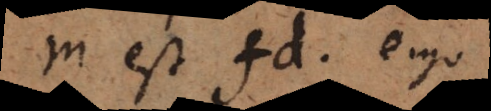
m est fd, ergo